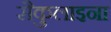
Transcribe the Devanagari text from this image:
सैकुलाइना